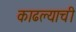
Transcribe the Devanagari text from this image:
काढल्याची